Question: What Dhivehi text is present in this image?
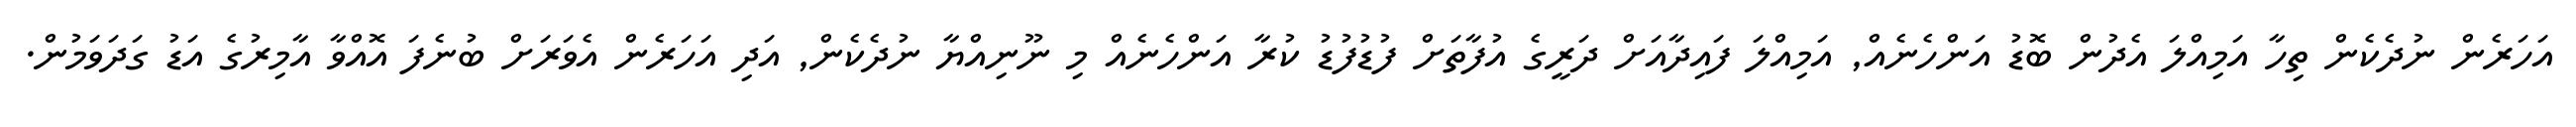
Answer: އަހަރެން ނުދެކެން ތިހާ އަމިއްލަ އެދުން ބޮޑު އަންހެނެއް, އަމިއްލަ ފައިދާއަށް ދަރީގެ އުފާތަށް ފުޑުފުޑު ކުރާ އަންހެނެއް މި ނޫނިއްޔާ ނުދެކެން, އަދި އަހަރެން އެވަރަށް ބުނެފަ އޮއްވާ އާމިރުގެ އަޑު ގަދަވަމުން.